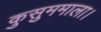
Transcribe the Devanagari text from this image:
कुसुममाला।